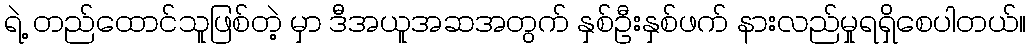
ရဲ့ တည်ထောင်သူဖြစ်တဲ့ မှာ ဒီအယူအဆအတွက် နှစ်ဦးနှစ်ဖက် နားလည်မှုရရှိစေပါတယ်။